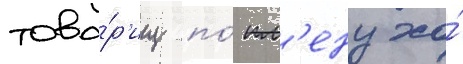
това́р'ищ по́ пл'ену хо́